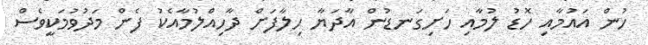
ހުން އައުމާއި ހޮޑު ލުމާއި ހަށިގަނޑުން އާދަޔާ ހިލާފަށް ދާހިއްލުމާއެކު ފެން މަދުވުމަކީވެސް